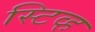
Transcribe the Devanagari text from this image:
स्टिव्ह